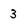
Character: 3